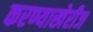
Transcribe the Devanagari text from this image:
करण्याखेरीज